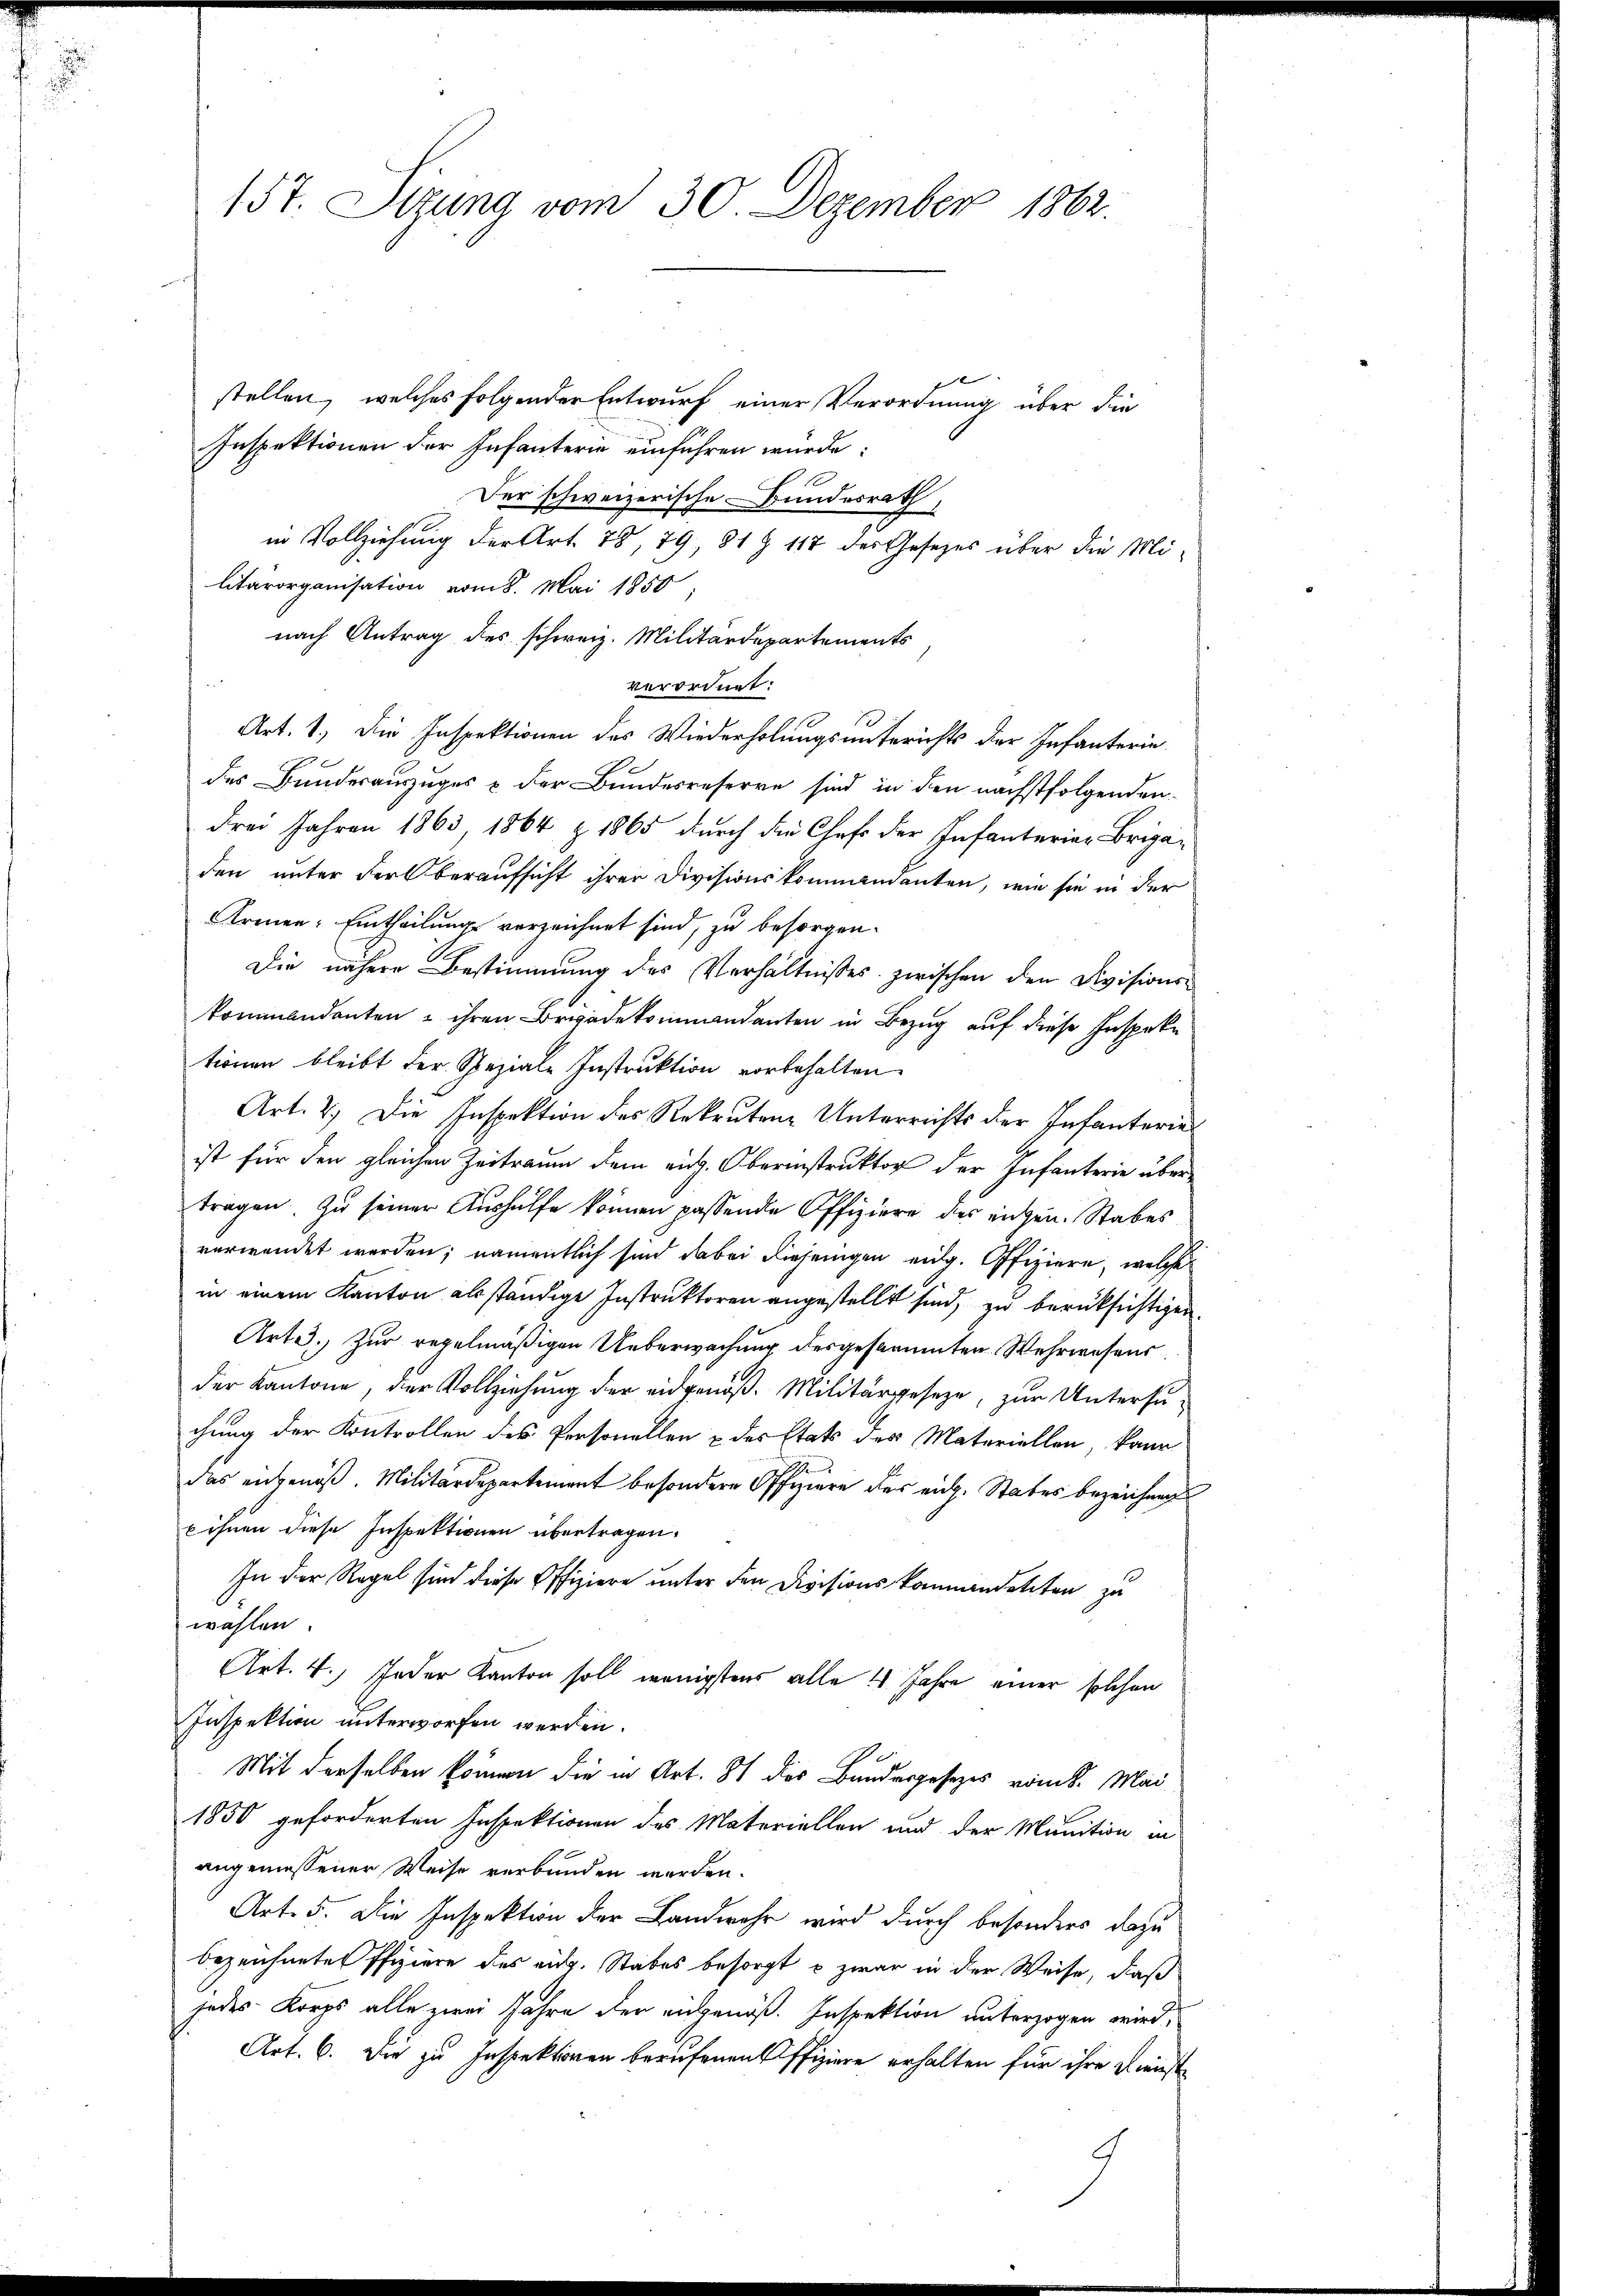
f
.

157. Sizung vom 30. Dezember 1862.

stellen, welches folgender Entwurf einer Verordnung über die
Inspektionen der Infanterie einführen würde:
Der schweizerische Bundesrath,
in Vollziehung der Art. 78, 79, 81 § 117 des Gesetzes über die Militärorganisation vom 8. Mai 1850
nach Antrag des schweiz. Militärdepartements
verordnet:
Art. 1. Die Inspektionen des Wiederholungsunterichts der Infanterie
des Bundesauszuges & der Bundesreserve sind in den nächstfolgenden
drei Jahren 1863 1864 z 1865 durch die Chef der Infanteriar Briga-
den unter der Oberaufsicht ihrer Divisionskommandanten, wie sie in der
Armen- Eintheilung verzeichnet sind, zu besorgen.
Die nähere Bestimmung des Verhältnisses zwischen den Divisionskommendenten u ihren Bradekommandanten in Bezug auf diese Inspete
tionen bleibt der Speziale Instruktion vorbehalten.
Art. 2) Die Inspektion des Rekruten Unterrichts der Infanterie
ist für den gleichen Zeitraum dem eidg. Oberinstruktor der Infanterie übertragen. Zu seiner Aushülfe können passende Offiziere der angen. Stabes
verwendet werden; namentlich sind dabei diejenigen eidg. Offiziere, welche
in einem Kanton alsständige Instruktoren angestellt sind, zu berüksichtigen
Arta. Zur regelmäßigen Ueberwachung desgestammten Wehrwesens
der Kantone, der Vollziehung der eidgenöß. Militärgeseze, zur Untersuchung der Kontrollen des Personellen & des Etats des Materiellen kann
d
das eingenoß. Militärdepartement besondere Offiziere der eidg. Stabes bezeichnen
x ihnen diese Inspektionen übertragen.
In der Regel sind diese Offiziere unter den Divisionskommandelten zu
wahlen.
Art. 4. Jeder Kanton soll wenigstens alle 4 Jahre einer solchen
Inspektion unterworfen werden.
Mit derselben können die in Art. 81 des Bundesgesezes vom k. Mai¬
1850 geforderten Inspektionen des Materiellen und der Munition in
angemessener Weise verbunden werden.
Art. 5. Die Inspektion der Landwehr wird durch besonders dazu
bezeichnete Pfiziere des eidg. Stabes besorgt u zwar in der Weise, daß
jedes Korps alle zwei Jahre der eingenoß. Inspektion unterzogen wird,
Art. 6. Die zu Inspektoren berufenen Offiziere erhalten für ihre Dienst
9